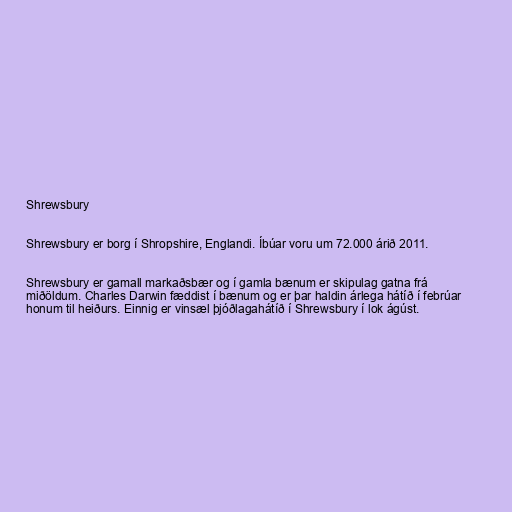
Shrewsbury

Shrewsbury er borg í Shropshire, Englandi. Íbúar voru um 72.000 árið 2011.

Shrewsbury er gamall markaðsbær og í gamla bænum er skipulag gatna frá
miðöldum. Charles Darwin fæddist í bænum og er þar haldin árlega hátíð í febrúar
honum til heiðurs. Einnig er vinsæl þjóðlagahátíð í Shrewsbury í lok ágúst.